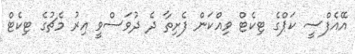
އޭއެފްސީ ކަޕްގެ ޓިކެޓް ވިއްކަން ފެށިތާ ދެ ދުވަސްވީ އިރު މެޗުގެ ޓިކެޓް